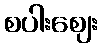
စပါးဈေး